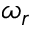
\omega _ { r }